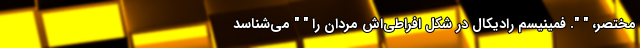
مختصر، " ". فمینیسم رادیکال در شکل افراطی‌اش مردان را " " می‌شناسد